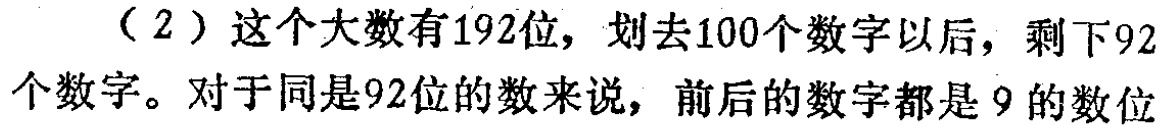
（2）这个大数有192位，划去100个数字以后，剩下92个数字。对于同是92位的数来说，前后的数字都是 9 的数位